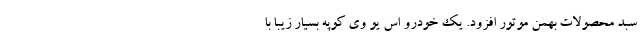
سبد محصولات بهمن موتور افزود. یک خودرو اس یو وی کوپه بسیار زیبا با